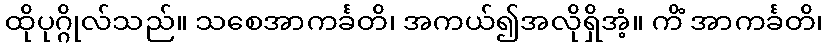
ထိုပုဂ္ဂိုလ်သည်။ သစေအာကင်္ခတိ၊ အကယ်၍အလိုရှိအံ့။ ကိံ အာကင်္ခတိ၊